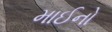
માઈનો